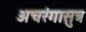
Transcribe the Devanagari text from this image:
अचरंगासुत्र